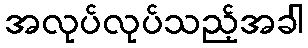
အလုပ်လုပ်သည့်အခါ